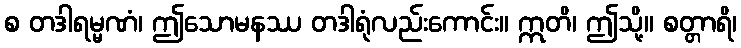
စ တဒါရမ္မဏံ၊ ဤသောမနဿ တဒါရုံလည်းကောင်း။ ဣတိ၊ ဤသို့။ စတ္တာရိ၊